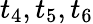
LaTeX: t_{4},t_{5},t_{6}